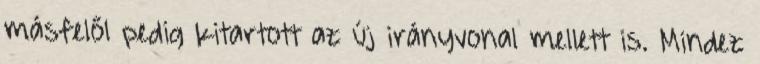
másfelől pedig kitartott az új irányvonal mellett is. Mindez